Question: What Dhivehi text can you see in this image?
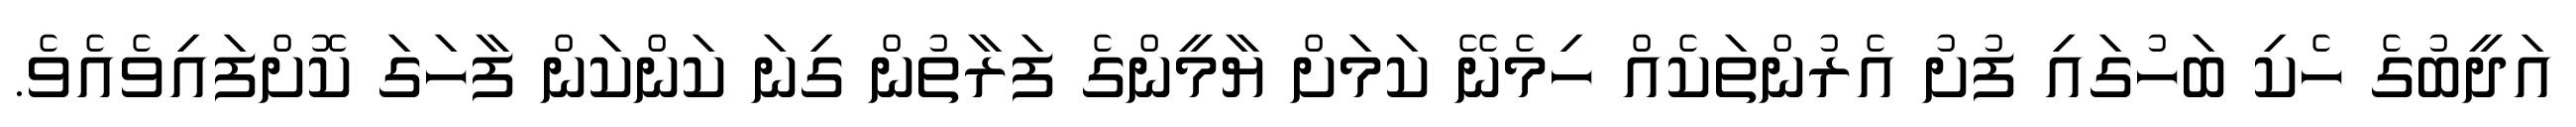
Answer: އަދީބުގެ ހެކި ބަހުގައި ފުށު އެރުންތަކެއް ހިމެނޭ ކަމަށް ޔާމީންގެ ފަރާތުން ގިނަ ކަންކަން ފާހަގަ ކޮށްފައިވެއެވެ.